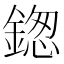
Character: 鍯